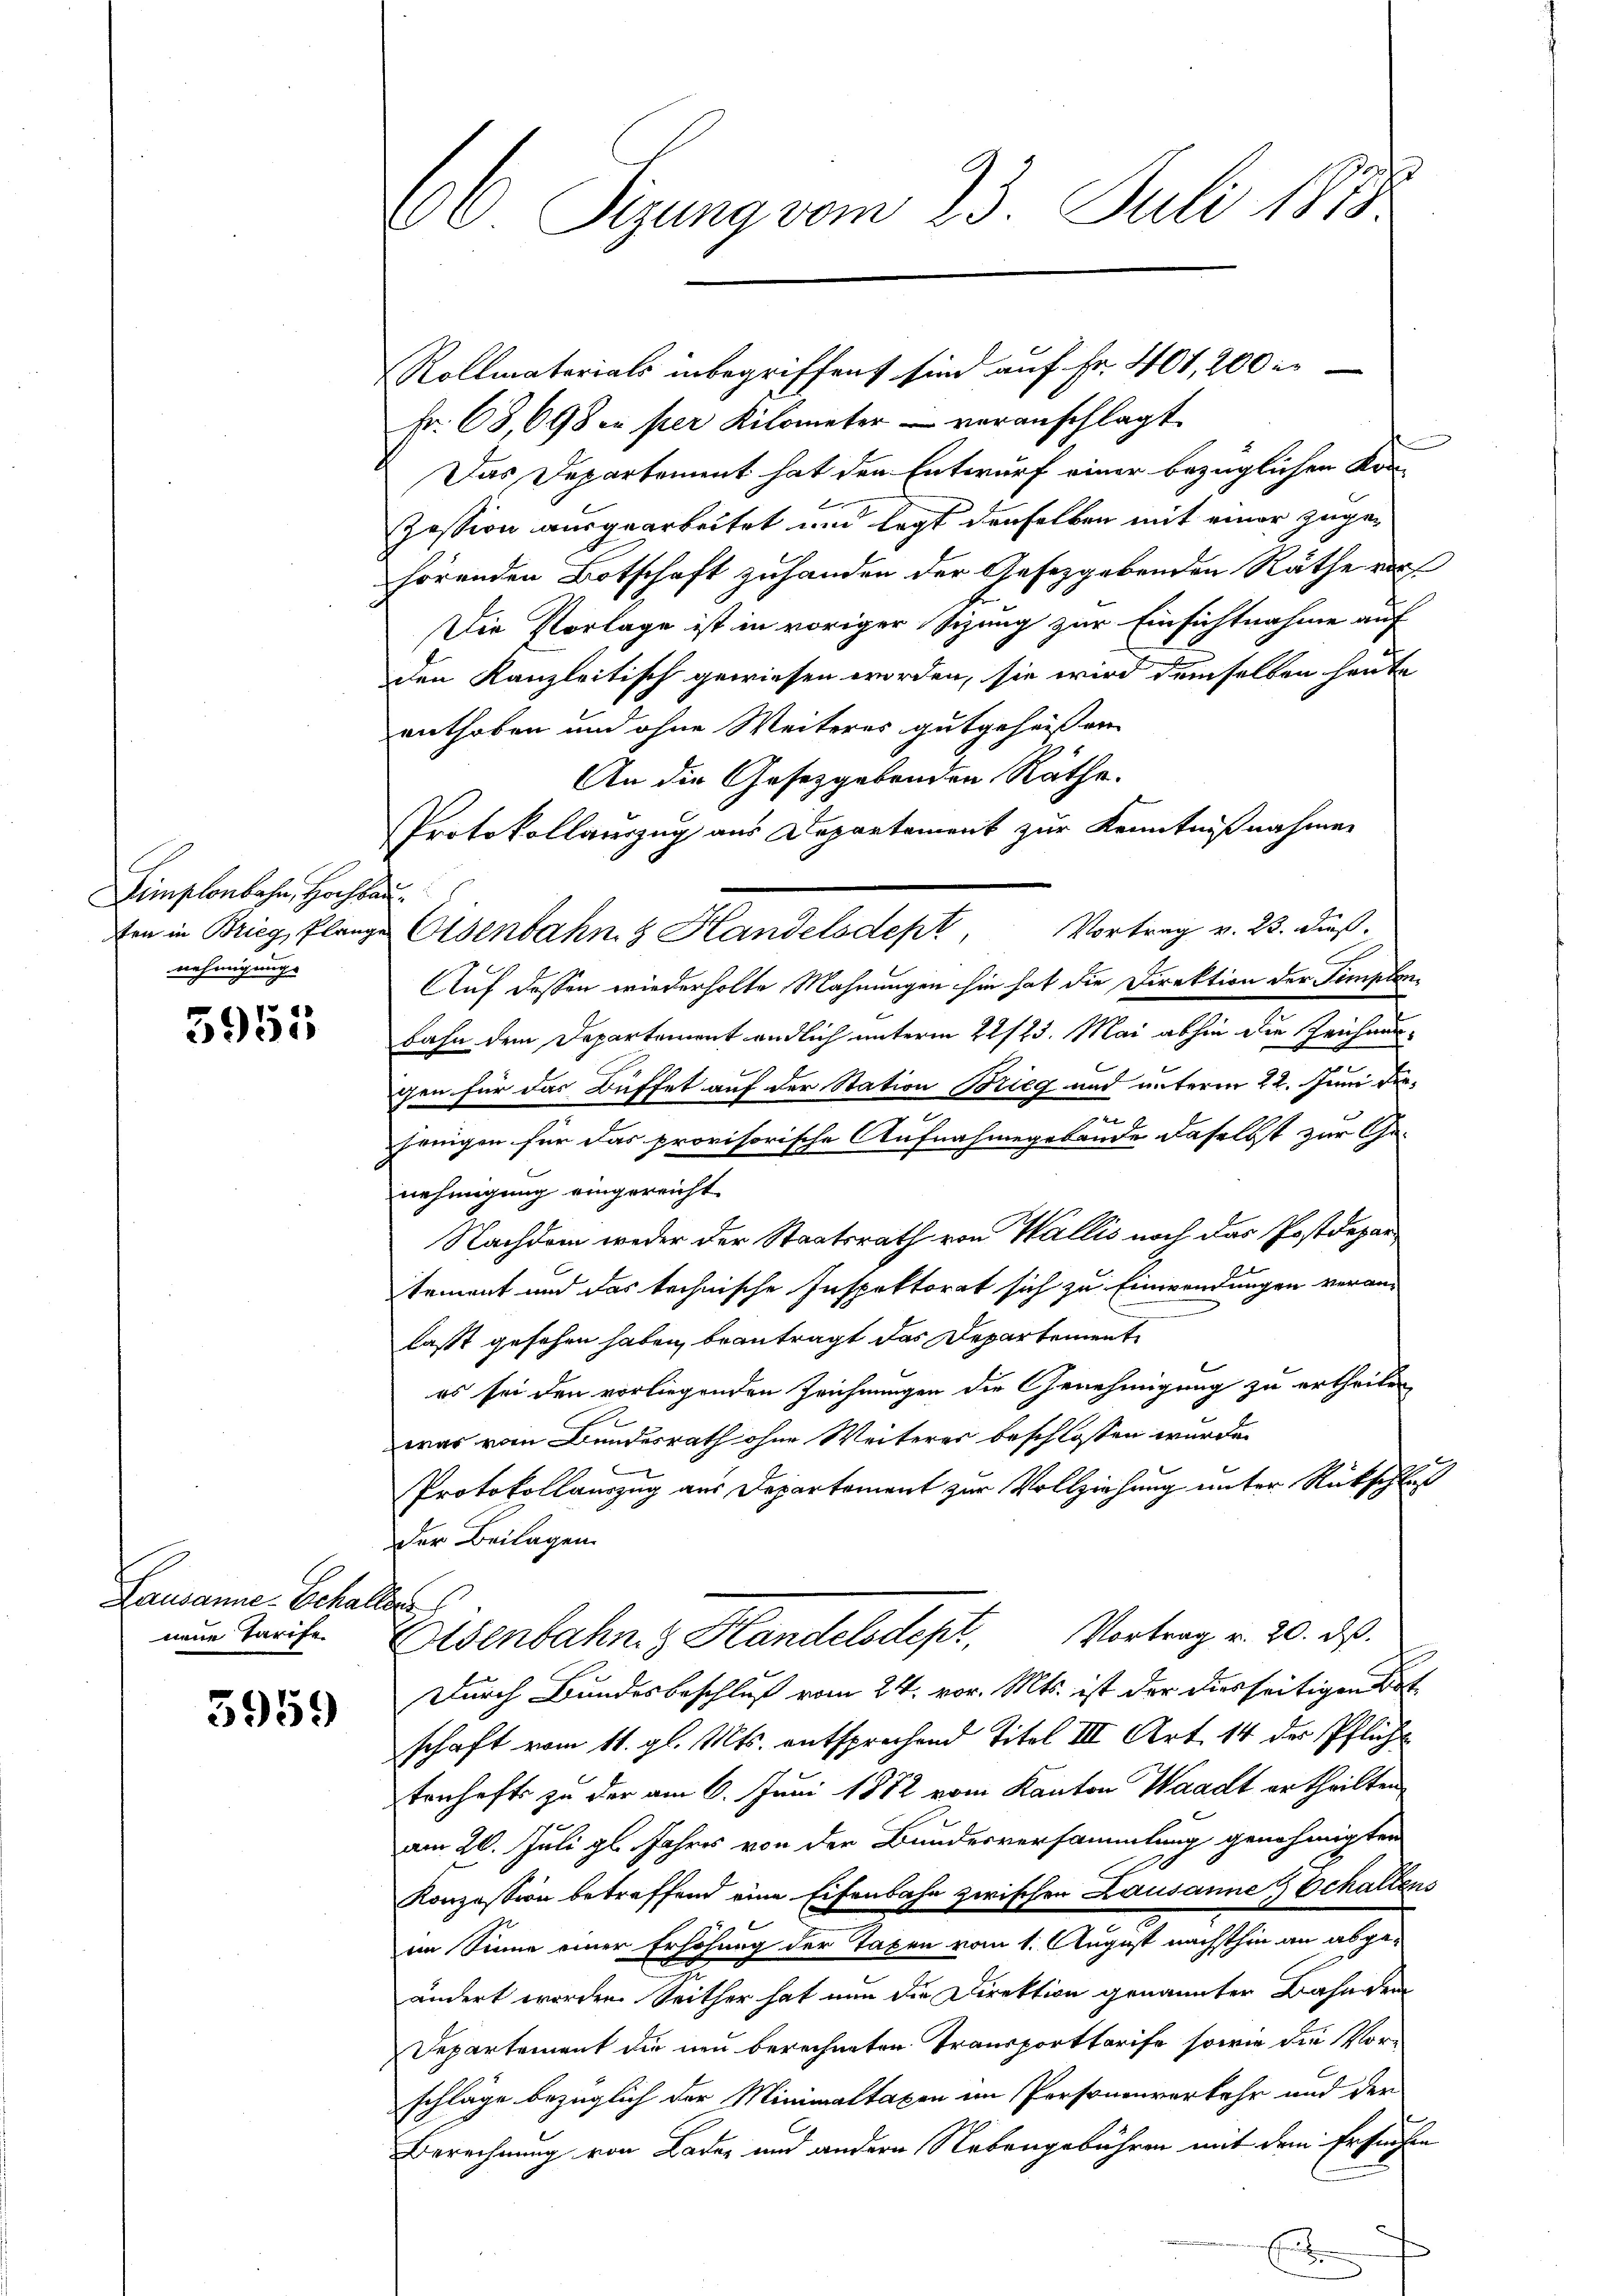
Limplonbahn, Hochbau
nehmigungs

5955

Lausanne Schaller
neue Tarife

3959

2
66 Sizung vom 23. Juli 1878

Fr. 68, 698 in per Kilometer - veranschlagt.
Das Departement hat den Entwurf einer bezüglichen Korpession ausgearbeitet und legt denselben mit einer zugehörenden Botschaft zuhanden der Gesetzgebenden Räthe vor
Die Vorlage ist in voriger sizung zur Einsichtnahme auf
den Kanzleitisch gewiesen worden, sie wird demselben heute
enthoben und ohne Weiteres gutgeheißen
An die Gesetzgebenden Räthe.
Protokollauszug aus Departement zur Kenntnißnahmen
Vortrag v. 23. dieß.
ten in Brieg flanze Eisenbahng Handelsdept,
.
AAuf dessen wiederholte Mahnungen sie hat die Direktion der Sempten
Fahn dem Departement endlich unterm 22/23. Mai abhin die Zeichnungen für das Büffet auf der Station Brieg und unterm 22. Juni die¬
2
jenigen für das provisorische Aufnahmegebäude daselbst zur Genehmigung eingereicht
Nachdem weder der Staatsrath von Wallis noch das Postdepartement und das technische Inspektorat sich zu Einwendungen veranlaßt gesehen haben, beantragt das Departement
es sei den vorliegenden Zeichnungen die Genehmigung zu ertheilen
was vom Bundesrath ohne Weiteres beschlossen wurde.
1
Protokollauszug aus Departement zur Vollziehung unter Rückschluß
der Beilagen.
Vortrag v. 20. ds.
Eisenbahn & Handelsdept,
Durch Bundesbeschluß vom 24. vor. Mts. ist der diesseitigen St
schaft vom 11. gl. Mts. entsprechend Titel III Art. 14 der Pfliche
tenhafts zu der am 6. Juni 1872 vom Kanton Waadt ertheilten
am 20. Juli gl. Jahres von der Bundesversammlung genehmigten
Konzession betreffend eine Eisenbahn zwischen Lausannes Schaltens
im Sinne einer Erhöhung der Taxen vom 1. August nächsthin an abge-
ändert worden. Seither hat nun die Direktion genannter Bahnen
Departement die neu berechneten Transportarife sowie die Vor-
schläge bezüglich der Minimaltaxen im Personenverkehr und der
Berechnung von Baden und andern Nebengebühren mit dem Ersuchen

Rollmaterials inbegriffend sind auf Fr. 401, 200 r